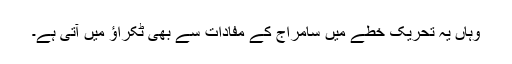
وہاں یہ تحریک خطے میں سامراج کے مفادات سے بھی ٹکراؤ میں آتی ہے۔